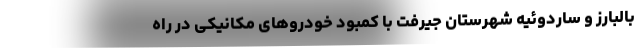
بالبارز و ساردوئیه شهرستان جیرفت با کمبود خودروهای مکانیکی در راه